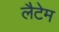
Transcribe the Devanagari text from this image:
लैटेम